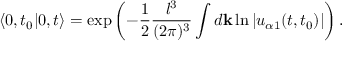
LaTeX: \left< 0 , t _ { 0 } | 0 , t \right> = \exp \left( - \frac { 1 } { 2 } \frac { l ^ { 3 } } { ( 2 \pi ) ^ { 3 } } \int d { \bf k } \ln | u _ { \alpha 1 } ( t , t _ { 0 } ) | \right) .